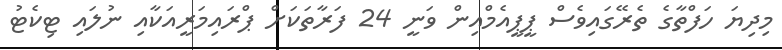
މިދިޔަ ހަފްތާގެ ތެރޭގައިވެސް ޕީޕީއެމްއިން ވަނީ 24 ފަރާތަކަށް ޕްރައިމަރީއަކާއި ނުލައި ޓިކެޓު